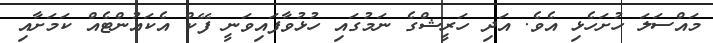
މައްސަލަ ހުށަހެޅި އެވެ. އަދި ހަރީޝްގެ ނަމުގައި ހުޅުވާފައިވަނީ ފޭކް އެކައުންޓެއް ކަމަށާއި